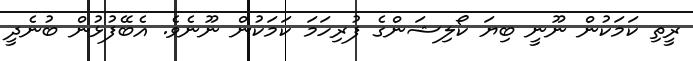
ރީތި ކަމަކުން ނޫނީ ބިޔަ ކޯލިޝަންގެ ފުރިހަމަ ކަމަކުން ނޫނެވެ. އެބޭފުޅުން ބުނެދީ